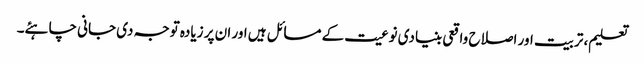
تعلیم، تربیت اور اصلاح واقعی بنیادی نوعیت کے مسائل ہیں اور ان پر زیادہ توجہ دی جانی چاہئے۔